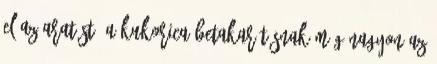
el az aratást. A kukorica betakarításnak még nagyon az